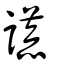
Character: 謊